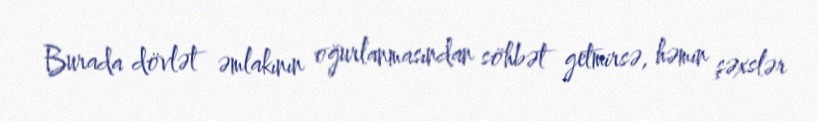
Burada dövlət əmlakının oğurlanmasından söhbət getmirsə, həmin şəxslər